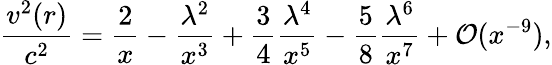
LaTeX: \frac{v^{2}(r)}{c^{2}}=\frac{2}{x}-\frac{\lambda^{2}}{x^{3}}+\frac{3}{4}\frac{\lambda^{4}}{x^{5}}-\frac{5}{8}\frac{\lambda^{6}}{x^{7}}+{\cal O}(x^{-9}),